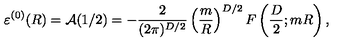
\varepsilon ^ { ( 0 ) } ( R ) = { \cal A } ( 1 / 2 ) = - \frac { 2 } { ( 2 \pi ) ^ { D / 2 } } \left( \frac { m } { R } \right) ^ { D / 2 } F \left( \frac { D } { 2 } ; m R \right) ,